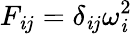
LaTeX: {F}_{\mathit{i}j}=\delta_{\mathit{i}j}\omega_{\mathit{i}}^{2}